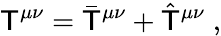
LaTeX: \mathsf{T}^{\mu\nu}=\bar{{\mathsf{T}}}^{\mu\nu}+\hat{{\mathsf{T}}}^{\mu\nu}\; ,